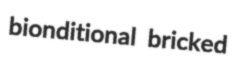
bionditional bricked